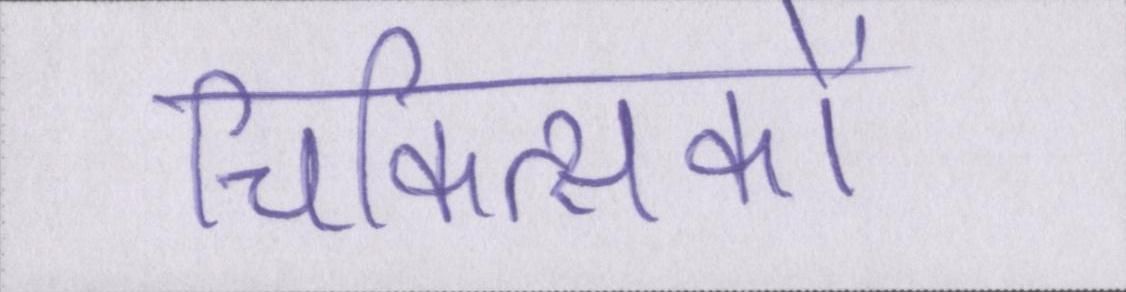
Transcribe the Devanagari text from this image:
चिकित्सकों